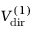
V _ { \mathrm { d i r } } ^ { ( 1 ) }